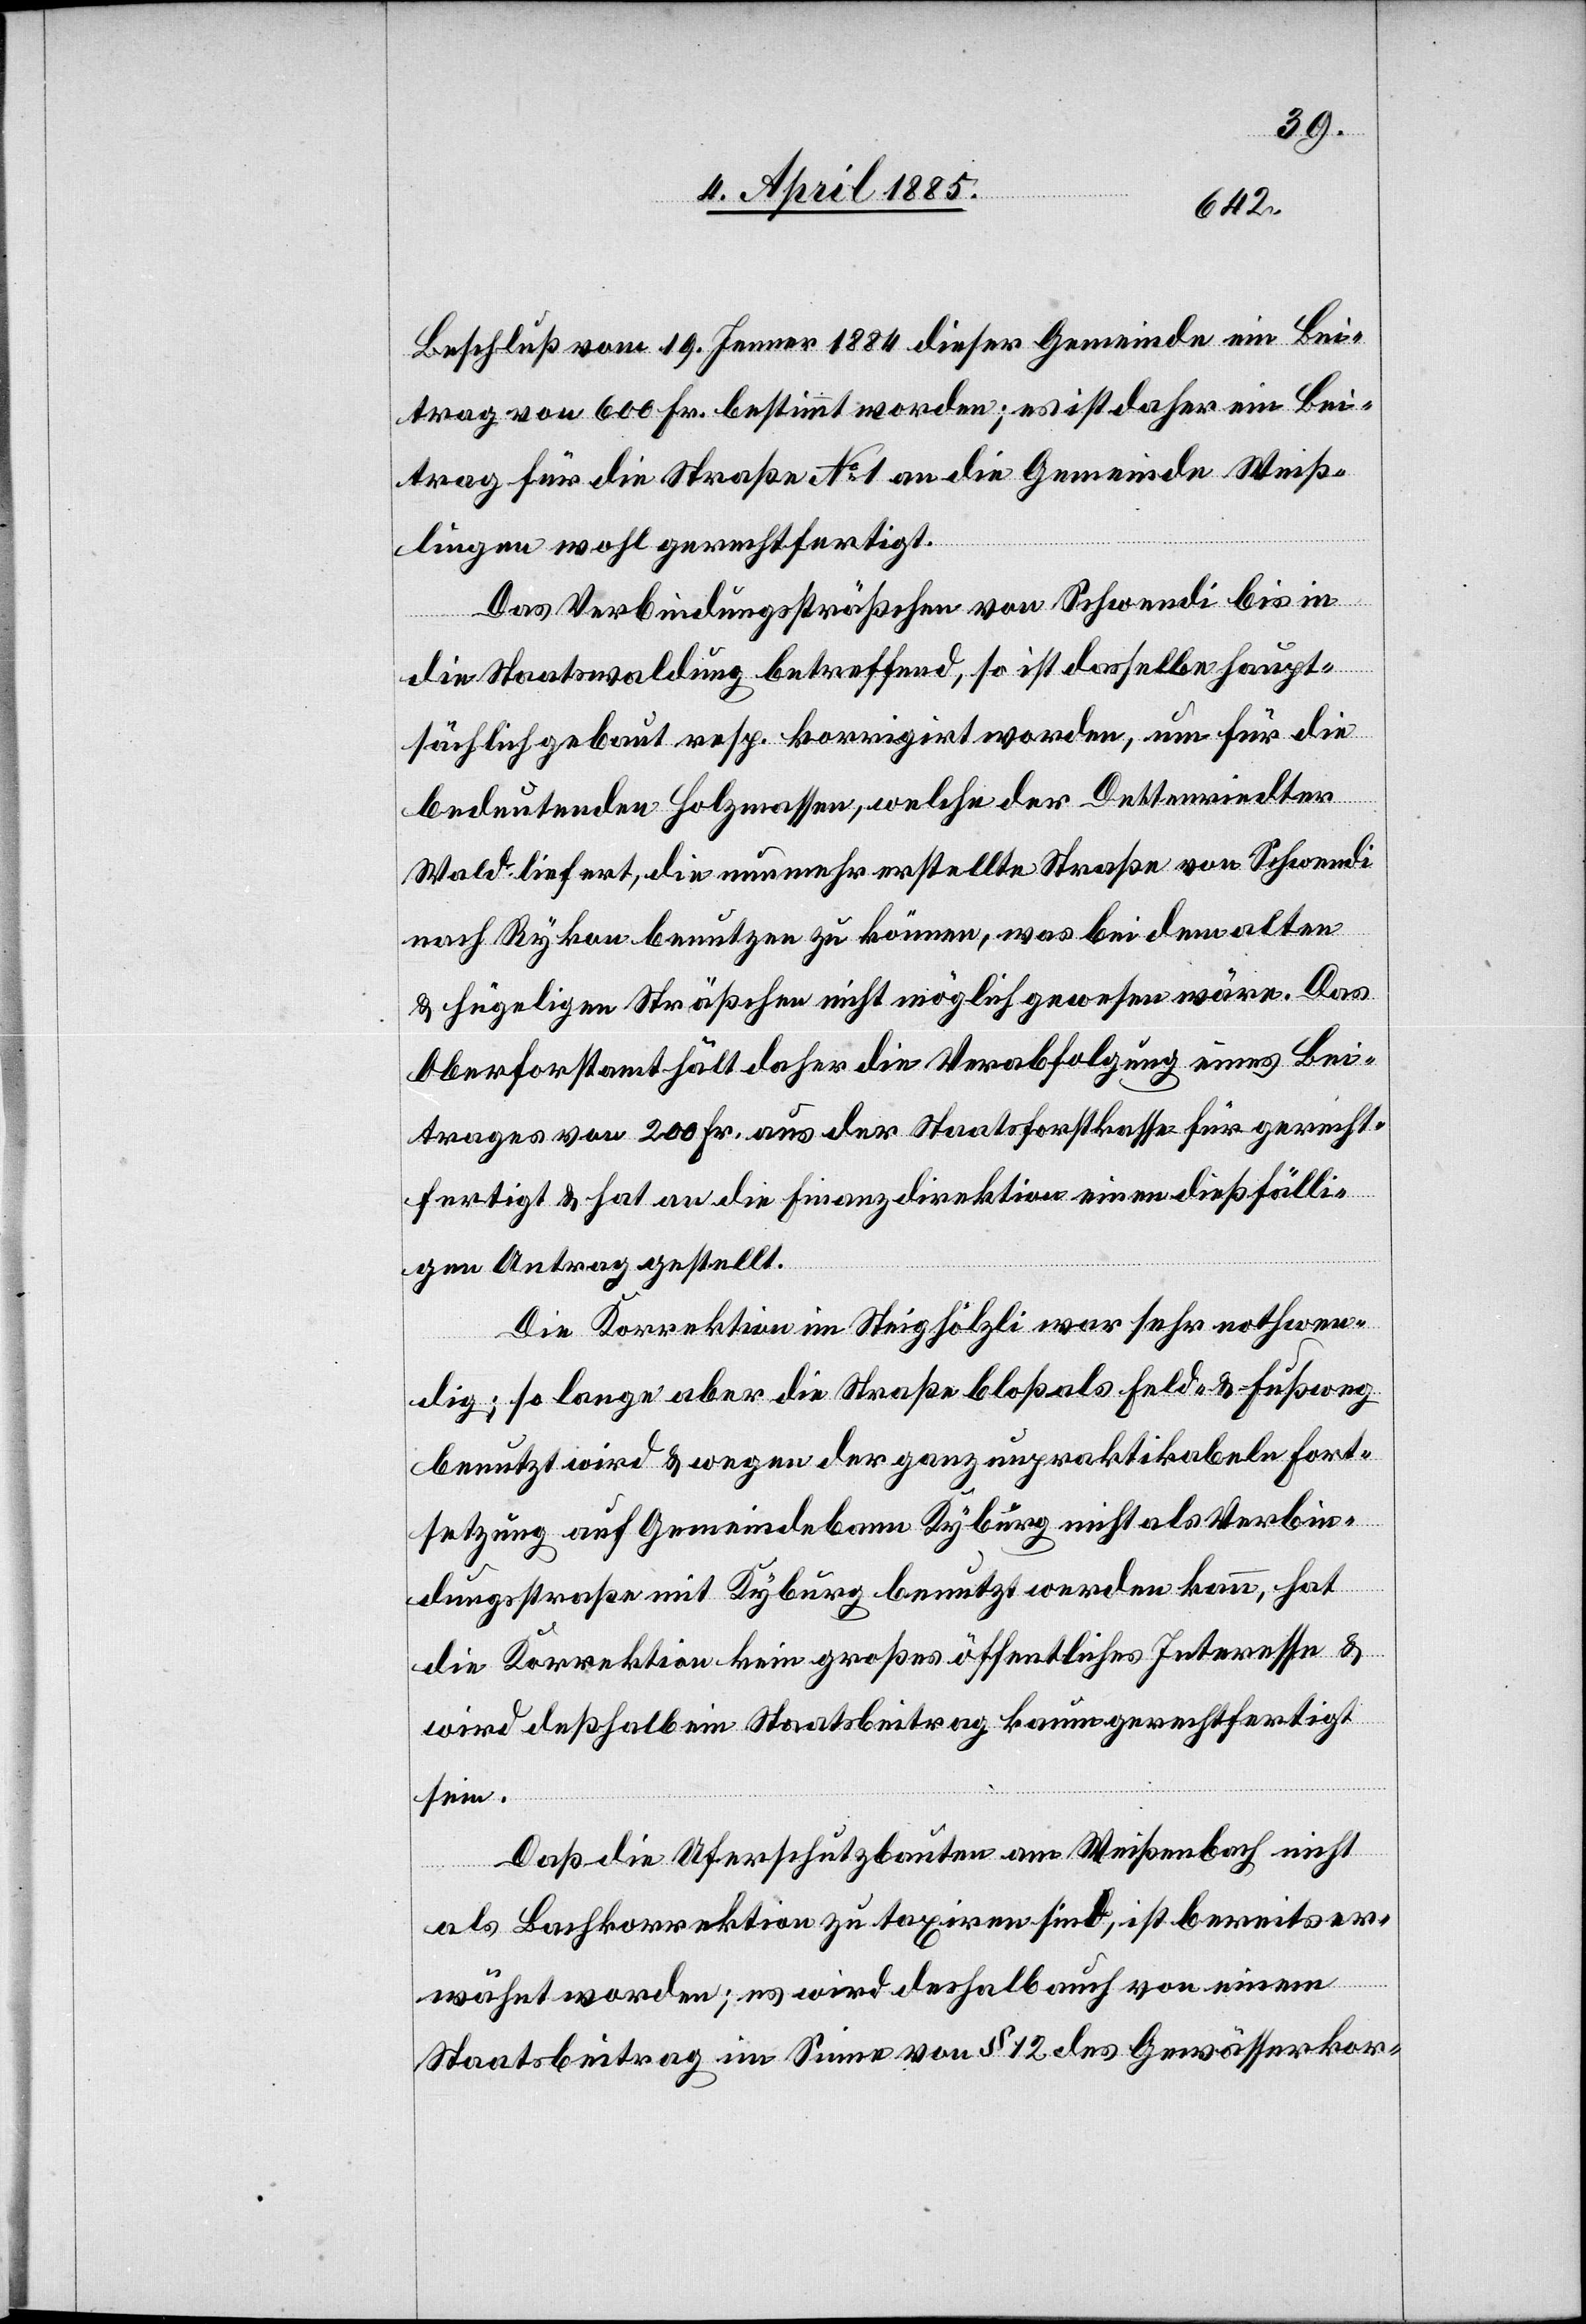
Beschluß vom 19. Jenner 1884 dieser Gemeinde ein Bei¬
trag von 600 Fr. bestimmt worden; es ist daher ein Bei¬
trag für die Straße No 1 an die Gemeinde Weiß¬
lingen wohl gerechtfertigt.
Das Verbindungssträßchen von Schwendi bis in
die Staatswaldung betreffend, so ist dasselbe haupt¬
sächlich gebaut resp. korrigiert worden, um für die
bedeutenden Holzmassen, welche der Detterriedter
Wald liefert, die nunmehr erstellte Straße von Schwendi
nach Rykon benutzen zu können, was bei dem alten
& hügeligen Sträßchen nicht möglich gewesen wäre. Das
Oberforstamt hält daher die Verabfolgung eines Bei¬
trages von 200 Fr. aus der Staatskasse für gerecht¬
fertigt & hat an de Finanzdirektion einen dießfäli¬
gen Antrag gestellt.
Die Korrektion im Steighölzli war sehr nothwen¬
dig; so lange aber die Straße bloß als Feld- & Fußweg
benutzt wird & wegen der ganz unpraktikabeln Fort¬
setzung auf Gemeindebann Kyburg nicht als Verbin¬
dungsstraße mit Kyburg benutzt werden kann, hat
die Korrektion kein großes öffentliches Interesse &
wird deßhalb ein Staatsbeitrag kaum gerechtfertigt
sein.
Daß die Uferschutzbauten am Weißenbach nicht
als Bachkorrektion zu taxiren sind, ist bereits er¬
wähnt worden; es wird deshalb auch von einem
Staatsbeitrag im Sinne von § 12 des Gewässerkor-